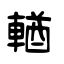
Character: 輶